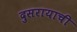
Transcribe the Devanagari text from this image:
दुसरायाची